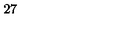
2 7